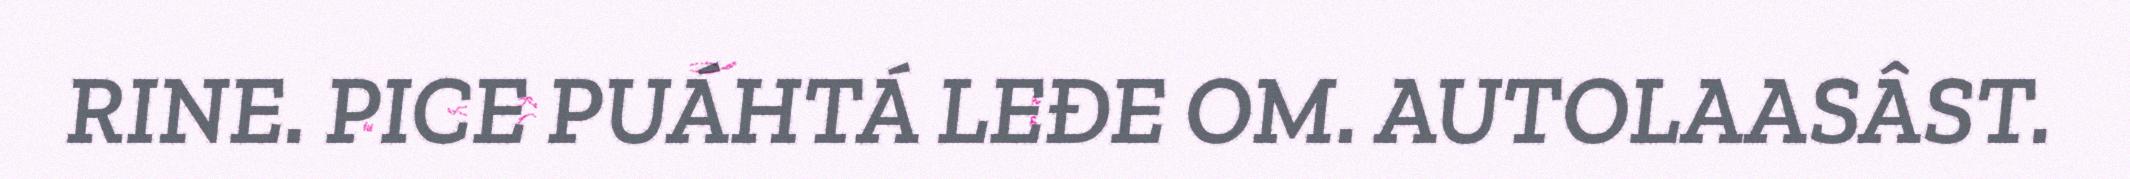
RINE. PICE PUÁHTÁ LEĐE OM. AUTOLAASÂST.